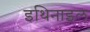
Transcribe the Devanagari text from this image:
इथिनाइल